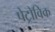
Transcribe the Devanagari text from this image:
पेट्रोविक